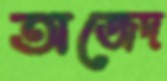
অজেদ